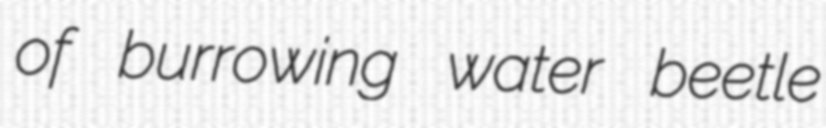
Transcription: of burrowing water beetle